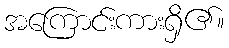
အကြောင်းကားရှိ၏။